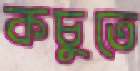
কচুতে